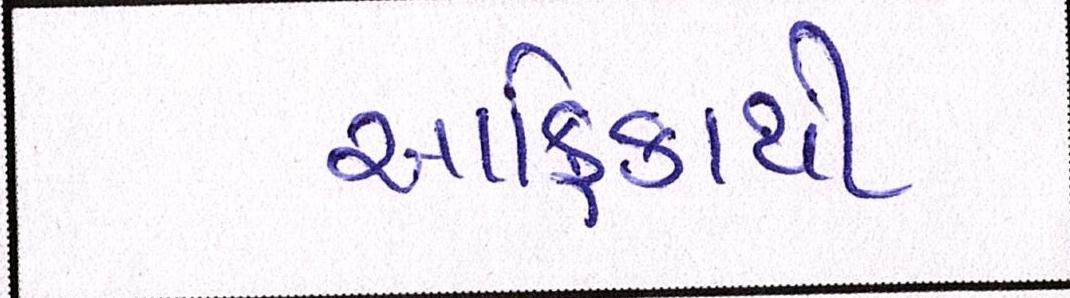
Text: આફ્રિકાથી